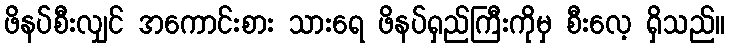
ဖိနပ်စီးလျှင် အကောင်းစား သားရေ ဖိနပ်ရှည်ကြီးကိုမှ စီးလေ့ ရှိသည်။